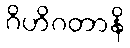
ဂိဟိဂတာနိ